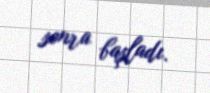
sonra başladı.